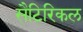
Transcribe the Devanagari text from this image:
सैटिरिकल